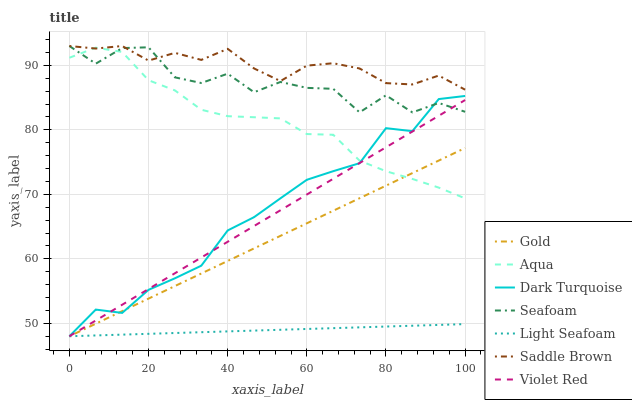
| xaxis_label | Gold | Aqua | Dark Turquoise | Seafoam | Light Seafoam | Saddle Brown | Violet Red |
 | --- | --- | --- | --- | --- | --- | --- | --- |
 | 0 | 48 | 91.2 | 48 | 93 | 48 | 93 | 48 |
 | 6.67 | 49.9 | 92.7 | 52.1 | 90.3 | 48.1 | 92.6 | 50.4 |
 | 13.3 | 51.9 | 92.1 | 51.6 | 92.7 | 48.3 | 93 | 52.9 |
 | 20 | 53.8 | 87.7 | 55.2 | 92.8 | 48.4 | 90.7 | 55.3 |
 | 26.7 | 55.8 | 86.1 | 57 | 88.1 | 48.5 | 91.9 | 57.8 |
 | 33.3 | 57.7 | 83.1 | 58.9 | 87.3 | 48.6 | 90.8 | 60.2 |
 | 40 | 59.7 | 82.1 | 64.4 | 88.7 | 48.8 | 92.6 | 62.6 |
 | 46.7 | 61.6 | 82 | 66.5 | 85.8 | 48.9 | 89.5 | 65.1 |
 | 53.3 | 63.6 | 81.8 | 69.4 | 87.4 | 49 | 87.6 | 67.5 |
 | 60 | 65.5 | 79.4 | 72.3 | 86.5 | 49.1 | 90 | 70 |
 | 66.7 | 67.5 | 79.2 | 73.6 | 86.4 | 49.3 | 90.3 | 72.4 |
 | 73.3 | 69.4 | 75.2 | 74.8 | 82.7 | 49.4 | 89.5 | 74.9 |
 | 80 | 71.3 | 73.6 | 80.3 | 85.4 | 49.5 | 87.2 | 77.3 |
 | 86.7 | 73.3 | 72.4 | 79.8 | 82.7 | 49.6 | 87 | 79.7 |
 | 93.3 | 75.2 | 71 | 84.8 | 84.2 | 49.8 | 88.4 | 82.2 |
 | 100 | 77.2 | 69.4 | 85.3 | 82.8 | 49.9 | 86.2 | 84.6 |